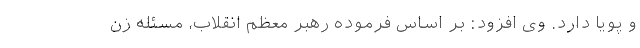
و پویا دارد. وی افزود: بر اساس فرموده رهبر معظم انقلاب، مسئله‌ زن